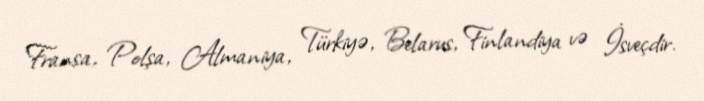
Fransa, Polşa, Almaniya, Türkiyə, Belarus, Finlandiya və İsveçdir.